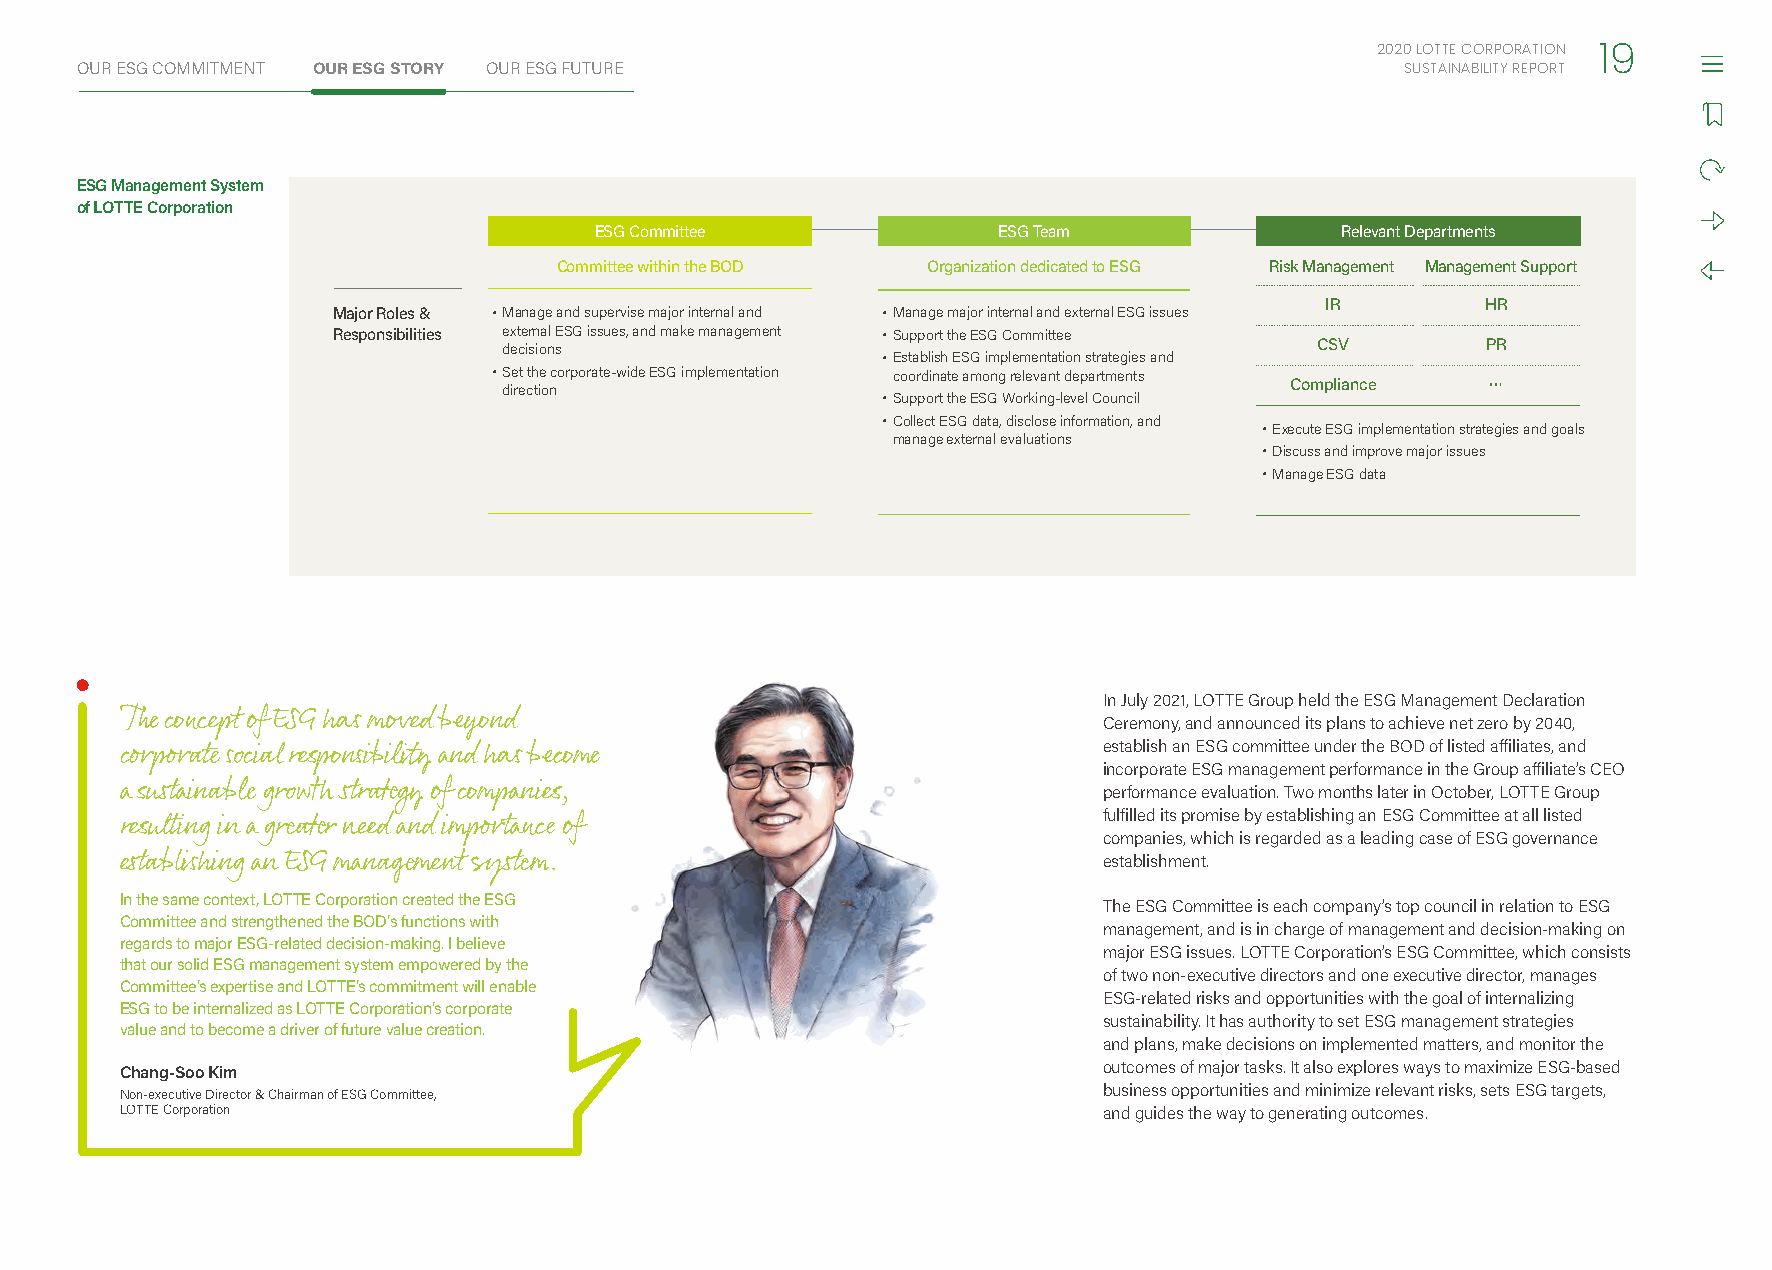
2020 LOTTE CORPORATION
 19
 OUR ESG COMMITMENT OUR ESG STORY OUR ESG FUTURE                                         SUSTAINABILITY REPORT
 ESG Management System
 of LOTTE Corporation
 ESG Committee              ESG Team               Relevant Departments
 Committee within the BOD Organization dedicated to ESG Risk Management Management Support
 IR        HR
 Major Roles & • Manage and supervise major internal and • Manage major internal and external ESG issues
 Responsibilities external ESG issues, and make management • Support the ESG Committee
 decisions                                             CSV        PR
 • Establish ESG implementation strategies and
 • S die ret cth tie o ncorporate-wide ESG implementation coordinate among relevant departments Compliance …
 • Support the ESG Working-level Council
 • Collect ESG data, disclose information, and
 • Execute ESG implementation strategies and goals
 manage external evaluations
 • Discuss and improve major issues
 • Manage ESG data
 In July 2021, LOTTE Group held the ESG Management Declaration
 The concept of ESG has moved beyond                              Ceremony, and announced its plans to achieve net zero by 2040,
 establish an ESG committee under the BOD of listed affiliates, and
 corporate social responsibility and has become
 incorporate ESG management performance in the Group affiliate’s CEO
 a sustainable growth strategy of companies,                      performance evaluation. Two months later in October, LOTTE Group
 fulfilled its promise by establishing an ESG Committee at all listed
 resulting in a greater need and importance of
 companies, which is regarded as a leading case of ESG governance
 establishing an ESG management system.                           establishment.
 In the same context, LOTTE Corporation created the ESG
 The ESG Committee is each company’s top council in relation to ESG
 Committee and strengthened the BOD’s functions with
 management, and is in charge of management and decision-making on
 regards to major ESG-related decision-making. I believe
 major ESG issues. LOTTE Corporation’s ESG Committee, which consists
 that our solid ESG management system empowered by the
 of two non-executive directors and one executive director, manages
 Committee’s expertise and LOTTE’s commitment will enable
 ESG-related risks and opportunities with the goal of internalizing
 ESG to be internalized as LOTTE Corporation’s corporate
 sustainability. It has authority to set ESG management strategies
 value and to become a driver of future value creation.
 and plans, make decisions on implemented matters, and monitor the
 Chang-Soo Kim                                                    outcomes of major tasks. It also explores ways to maximize ESG-based
 Non-executive Director & Chairman of ESG Committee,              business opportunities and minimize relevant risks, sets ESG targets,
 LOTTE Corporation                                                and guides the way to generating outcomes.